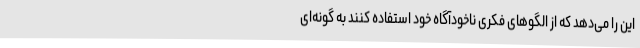
این را می‌دهد که از الگوهای فکری ناخودآگاه خود استفاده کنند به گونه‌ای